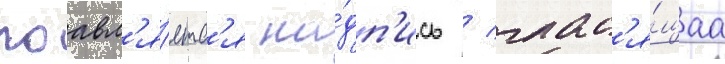
поавл'я́етс'я на́дп'ись / глас'я́щаа